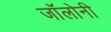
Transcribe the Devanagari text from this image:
जॉलोनी